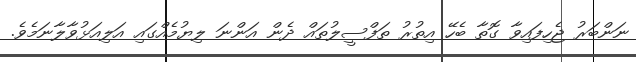
ނަންބަރު ޖެހިފައިވާ ގޮތާ ބެހޭ އިތުރު ތަފްސީލުތައް ދެން އަންނަ ލިޔުމެއްގައި އަލިއަޅުވާލާނަމެވެ.